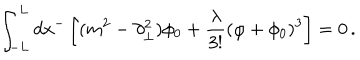
\int _ { - L } ^ { L } d x ^ { - } \left[ ( m ^ { 2 } - \partial _ { \bot } ^ { 2 } ) \phi _ { 0 } + \frac { \lambda } { 3 ! } ( \varphi + \phi _ { 0 } ) ^ { 3 } \right] = 0 \, .